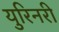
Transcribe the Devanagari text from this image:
युरिनरी